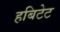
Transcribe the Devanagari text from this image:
हबिटेट